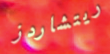
ريتشاردز